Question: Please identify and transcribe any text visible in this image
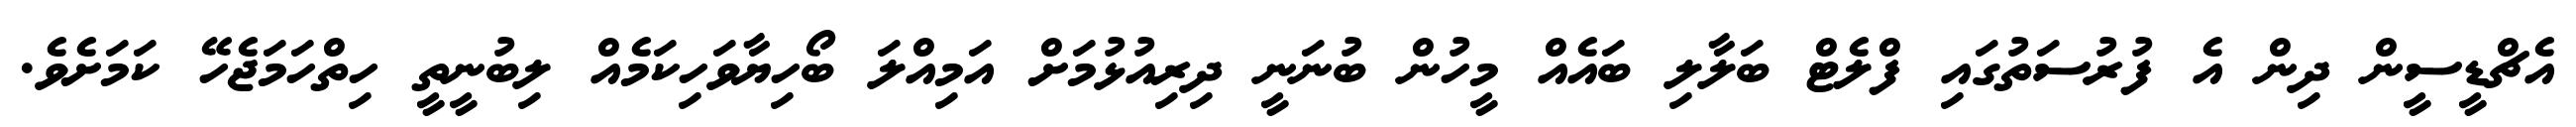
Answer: އެޗްޑީސީން ދިން އެ ފުރުސަތުގައި ފްލެޓް ބަލާލި ބައެއް މީހުން ބުނަނީ ދިރިއުޅުމަށް އަމިއްލަ ބޯހިޔާވަހިކަމެއް ލިބުނީތީ ހިތްހަމަޖެހޭ ކަމަށެވެ.